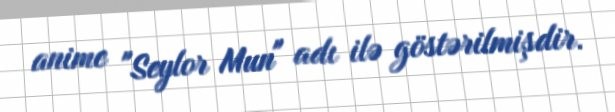
anime "Seylor Mun" adı ilə göstərilmişdir.